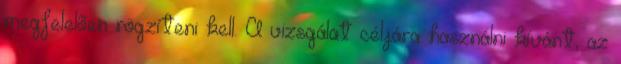
megfelelõen rögzíteni kell. A vizsgálat céljára használni kívánt, az